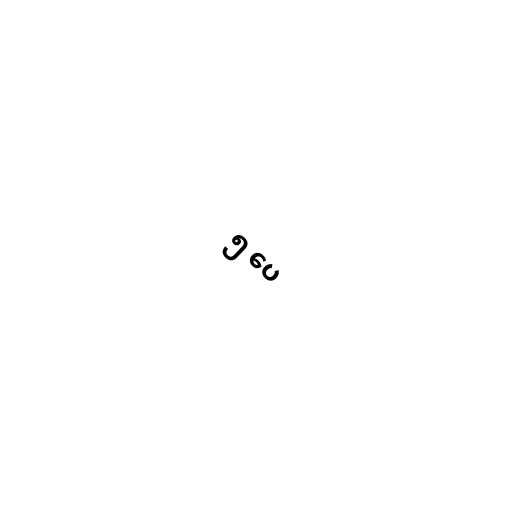
၅ ပေ